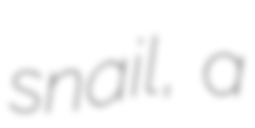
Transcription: snail, a